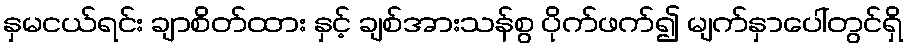
နှမငယ်ရင်း ချာစိတ်ထား နှင့် ချစ်အားသန်စွ ပိုက်ဖက်၍ မျက်နှာပေါ်တွင်ရှိ